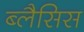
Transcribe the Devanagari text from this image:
ब्लैसिस